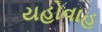
યહોવાહ